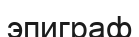
эпиграф